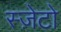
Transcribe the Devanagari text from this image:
स्ज़ेटो